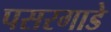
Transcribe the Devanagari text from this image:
पसरगाडे